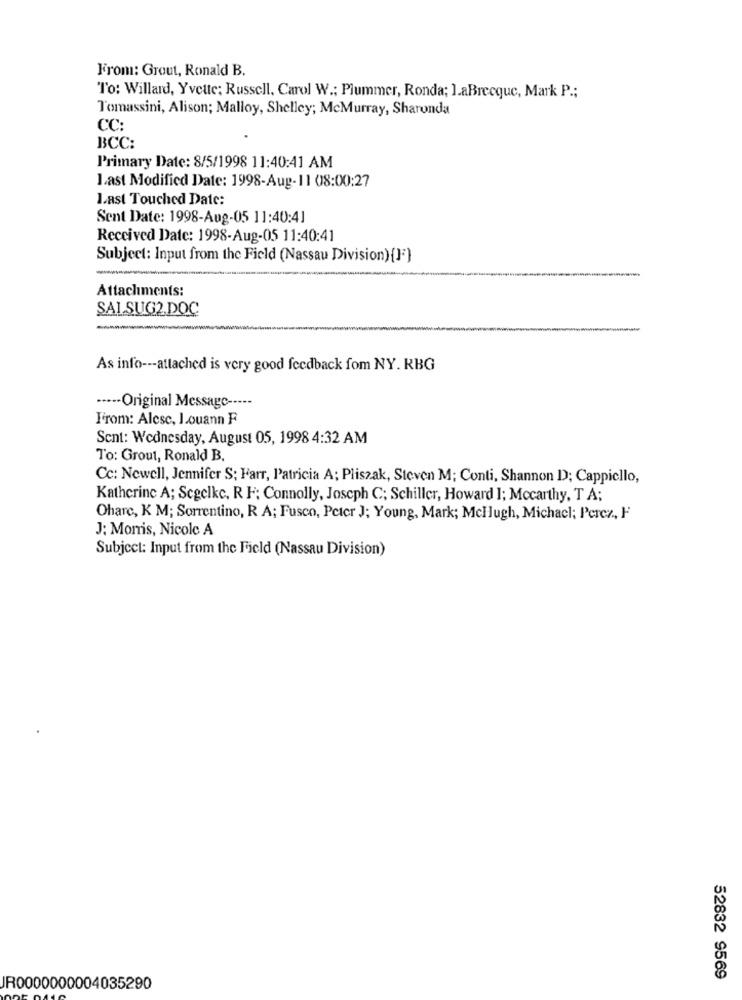
From: Grout, Ronald B.
To: Willard, Yvette; Russell, Carol W .; Plummer, Ronda; ].aBrecque, Mark P .;
Tomassini, Alison; Malloy, Shelley; McMurray, Sharonda
CC:
BCC:
Primary Date: 8/5/1998 11:40:41 AM
Last Modified Date: 1998-Aug-11 08:00:27
Last Touched Date:
Sent Date: 1998-Aug-05 11:40:41
Received Date: 1998-Aug-05 11:40:41
Subject: Input from the Field (Nassau Division){}}
Attachments:
SAISUG2.DOC
--
As info --- attached is very good feedback fom NY. RBG
····- Original Message -----
From: Alesc, Louann F
Sent: Wednesday, August 05, 1998 4:32 AM
To: Grout, Ronald B.
Cc: Newell, Jennifer S; Farr, Patricia A; Pliszak, Steven M; Conti, Shannon D); Cappiello,
Katherine A; Segelkc, R F; Connolly, Joseph C; Schiller, Howard ]; Mccarthy, TA;
Oharc, K M; Sorrentino, R A; Fusco, Peter J; Young, Mark; Mcllugh, Michacl; Perez, F
J: Momis, Nicole A
Subject: Input from the Field (Nassau Division)
52832 9569
JR0000000004035290